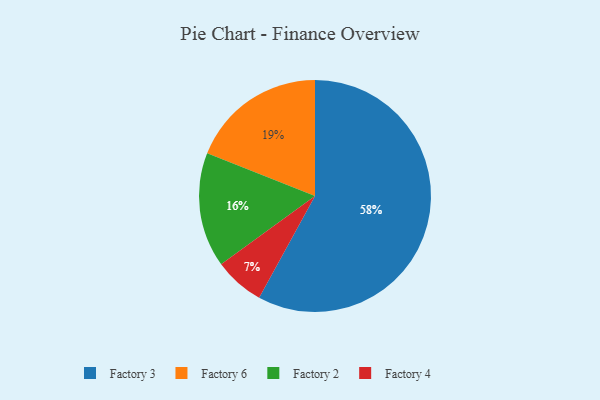
{"axis": {"x": "Category", "y": "Percentage"}, "legend": ["Factory 2", "Factory 3", "Factory 4", "Factory 6"], "data": [{"x": "Factory 3", "y": 58, "type": "Factory 3"}, {"x": "Factory 6", "y": 19, "type": "Factory 6"}, {"x": "Factory 4", "y": 7, "type": "Factory 4"}, {"x": "Factory 2", "y": 16, "type": "Factory 2"}]}